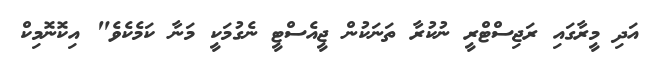
އަދި މީރާގައި ރަޖިސްޓްރީ ނުކުރާ ތަނަކުން ޖީއެސްޓީ ނެގުމަކީ މަނާ ކަމެކެވެ" އިކޮނޮމިކް